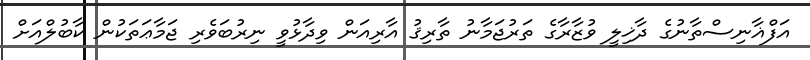
އަފްޣާނިސްތާނުގެ ދާޚިލީ ވުޒާރާގެ ތަރުޖަމާނު ތާރިޤު އާރިއަން ވިދާޅުވީ ނިރުބަވެރި ޖަމާޢަތަކުން ކާބުލްއަށް